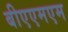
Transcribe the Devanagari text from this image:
बीएएमएम